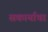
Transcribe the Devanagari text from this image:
सकार्याचा